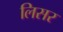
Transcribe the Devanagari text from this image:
लिसर